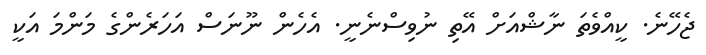
ޖެހޭނެ. ކީއްވެތަ ނާޝްއަށް އޭތި ނުވިސްނެނީ. އެހެން ނޫނަސް އަހަރެންގެ މަންމަ އަކީ